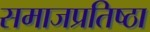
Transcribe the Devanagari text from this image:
समाजप्रतिष्ठा